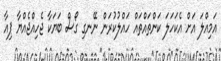
އަމިއްލަ އަށް އެކަހަލަ ކަންތައްތައް ހައްލުކުރަން ނޭނގި ގޯސް ބަޔަކާ ޖެހިއްޖެއްޔާ ޕިއާ